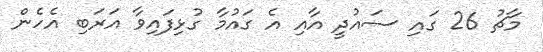
މާޗު 26 ގައި ސައުދީ އާއި އެ ގައުމާ ގުޅިފައިވާ އަރަބި އެހެން